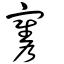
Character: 寯